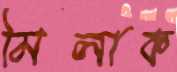
মিলাক